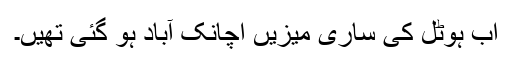
اب ہوٹل کی ساری میزیں اچانک آباد ہو گئی تھیں۔